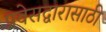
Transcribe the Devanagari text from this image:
प्रवेसद्वारासाठी